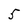
Character: 5